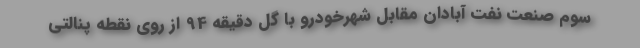
سوم صنعت نفت آبادان مقابل شهرخودرو با گل دقیقه 94 از روی نقطه پنالتی